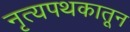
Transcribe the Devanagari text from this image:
नृत्यपथकातून